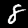
Label: 8